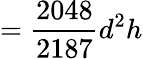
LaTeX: ={\frac{2048}{2187}}d^{2}h